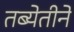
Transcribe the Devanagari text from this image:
तब्येतीने